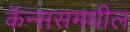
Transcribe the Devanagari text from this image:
कॅन्ससमधील